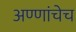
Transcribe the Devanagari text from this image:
अण्णांचेच